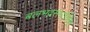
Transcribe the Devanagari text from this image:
बलभद्रसमाश्लिष्टः